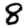
Digit: 8